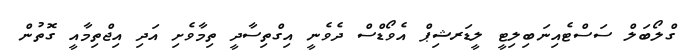
ގްލޯބަލް ސަސްޓެއިނަބިލިޓީ ލީޑަރޝިޕް އެވޯޑްސް ދެވެނީ އިގްތިސާދީ ތިމާވެށި އަދި އިޖްތިމާއީ ގޮތުން